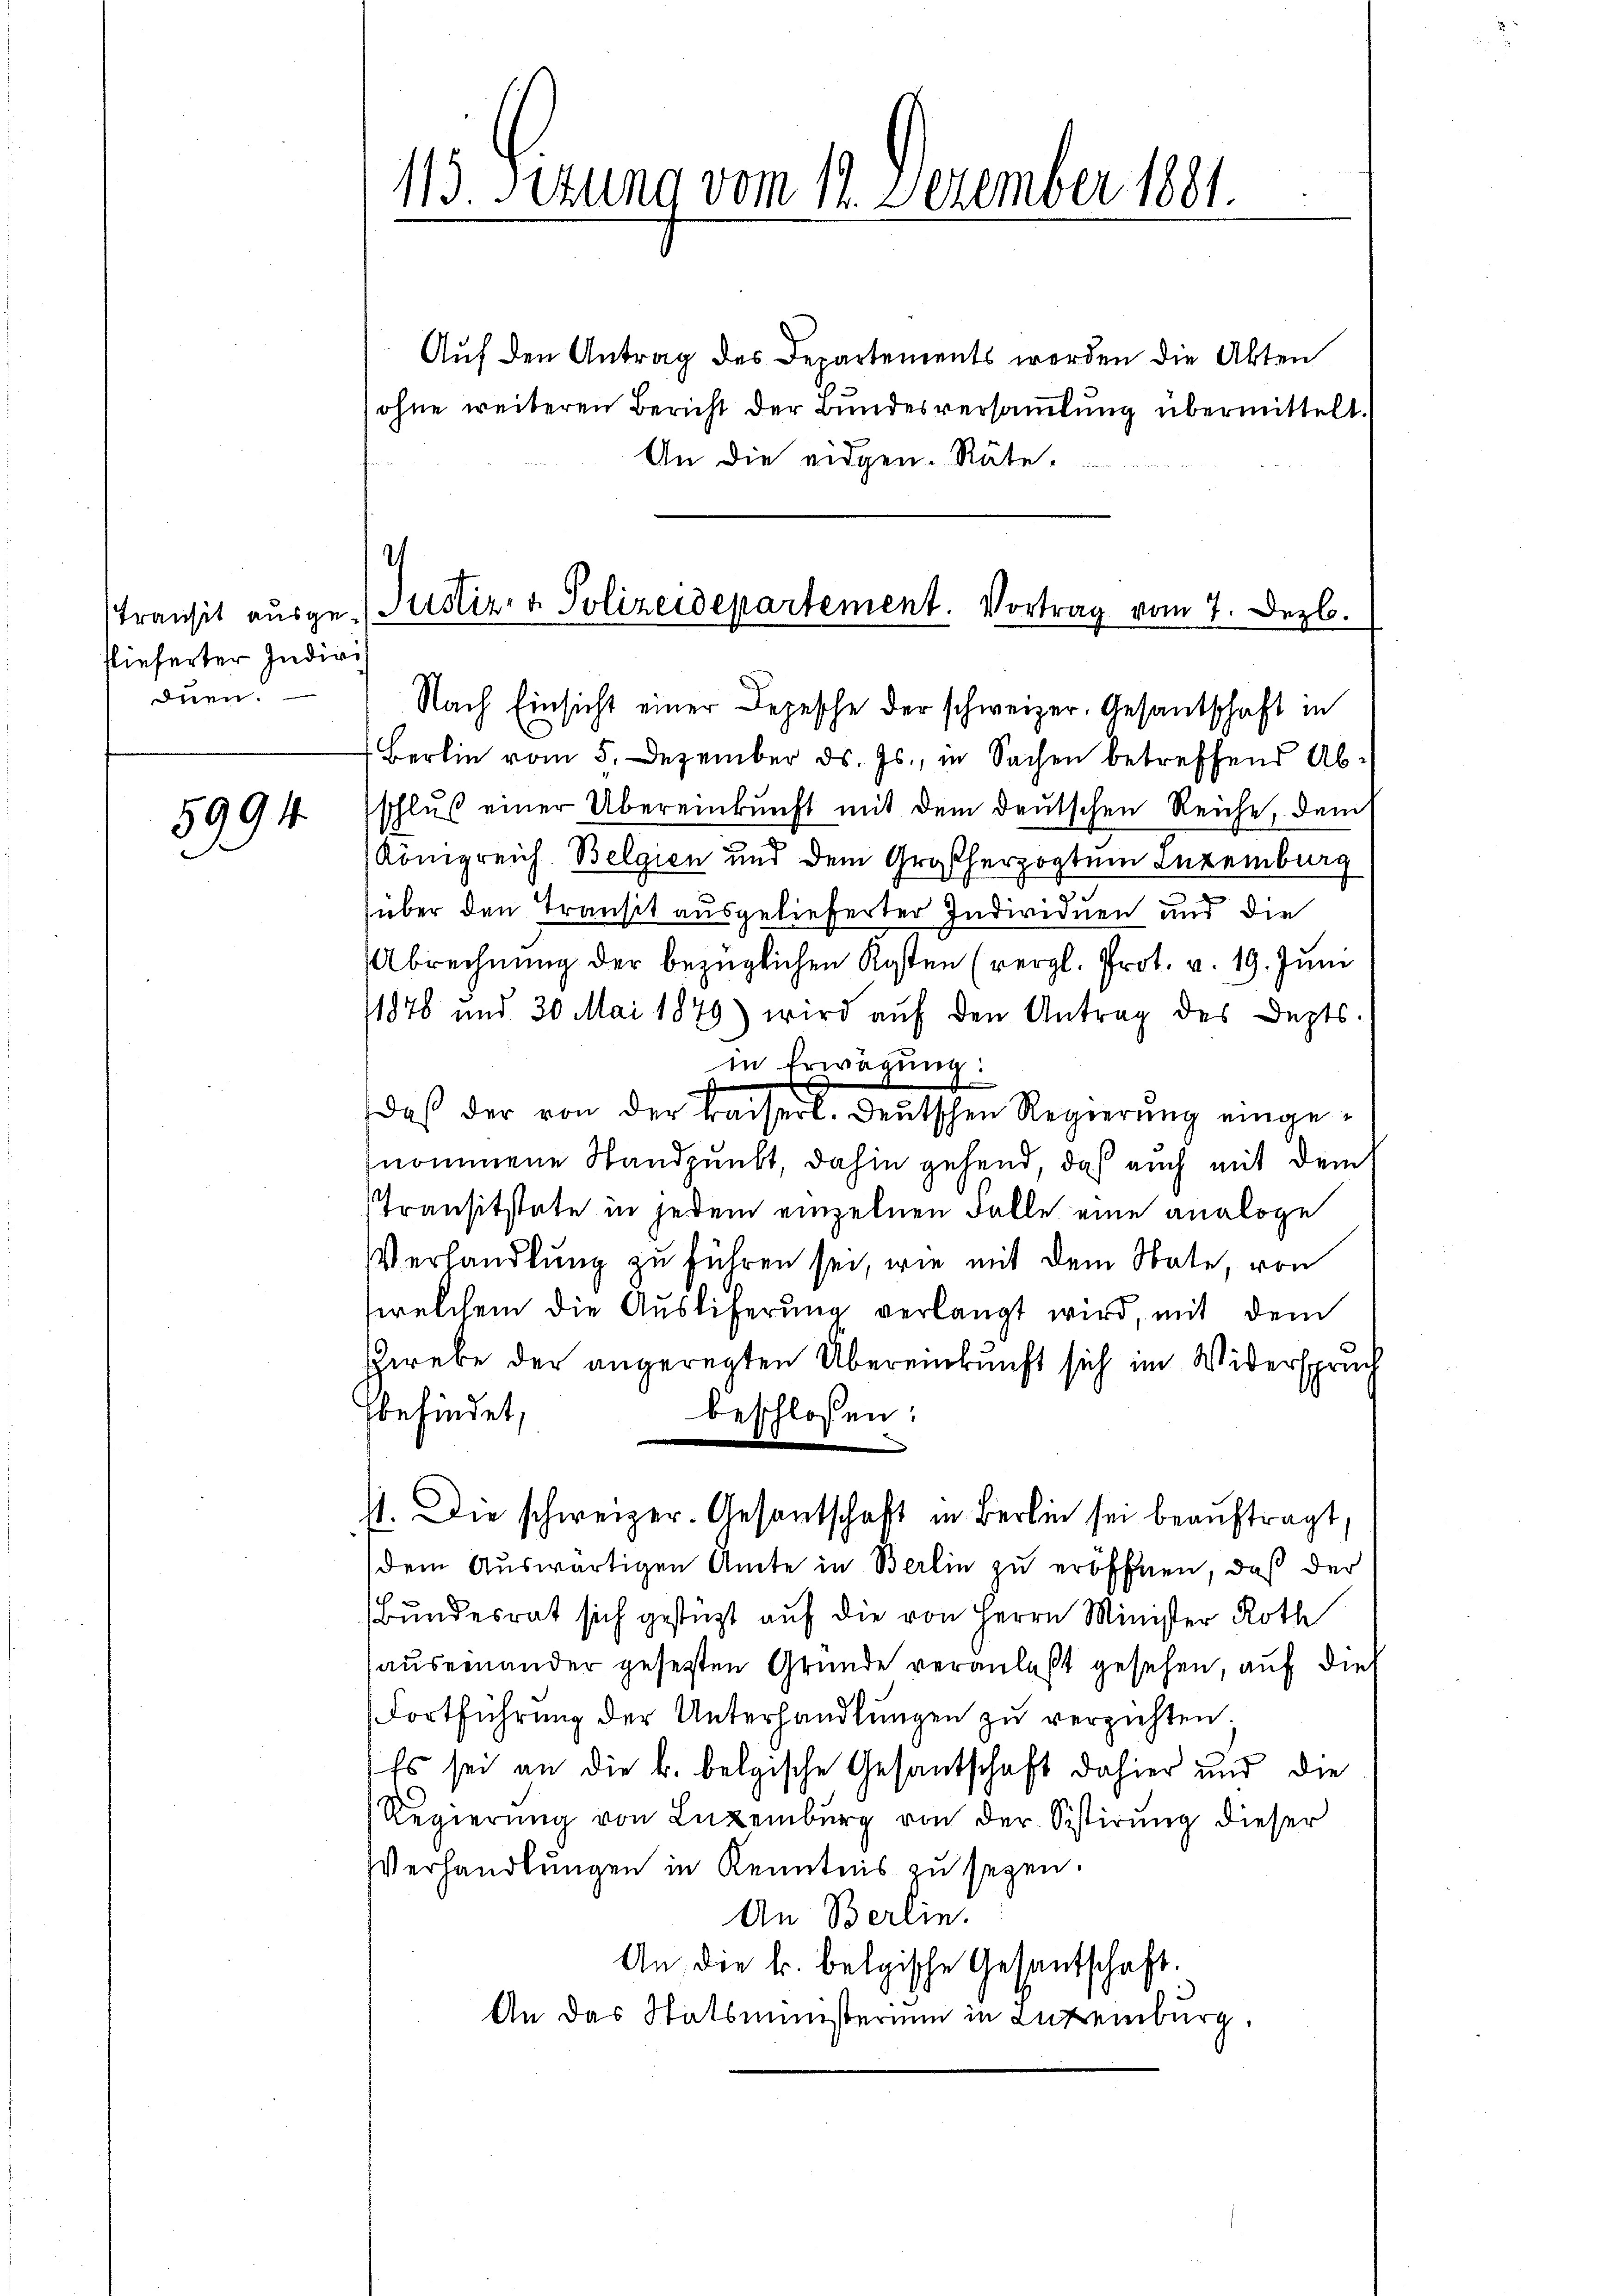
Transit ausgelieferter Indivis
duen.

5994

15. Sizung vom 1. Dezember 1891.

Auf den Antrag des Departements werden die Akten
ohne weiteren Bericht der Bundesversammlung übermittelt.
An die eidgen. Räte.
4

Justiz- & Polizeidepartement. Vortrag vom 7. Dezb.
Nach Einsicht einer Depesche der schweizer. Gesandschaft in

Berlin vom 5. Dezember d. Js., in Sachen betreffend Abschlŭβ einer Übereinkunft mit dem deutschen Reiche, dem
Königreich Belgien und dem Großherzogtum Intenburg
über den Transit ausgelieferter Individuen und die
Abrechnung der bezüglichen Kosten (vergl. Prot. v. 19. Juni
1878 und 30 Mai 1879) wird auf den Antrag des Depts.
in Erwägung:
daβ der von der Kaiserl. Deutschen Regierŭng einge-
nommene Standpunkt, dahin gehend, daß auch mit dem
Transitstate in jedem einzelnen Falle eine analoge
VVerhandlung zu führen sei, wie mit dem State, von
welchem die Auslieferung verlangt wird, mit dem
erebe der angeregten Übereinkunft sich im Widerspruch
beschlossen:
befindet,
st. Die schweizer. Gesantschaft in Berlin sei beauftragt.
dem Auswärtigen Amte in Berlin zu eröffnen, daß der
i
Bundesrat sich gestützt auf die von Herrn Minister Roth
auseinander gesetzten Gründe veranlaßt gesehen, auf die
Fortführung der Unterhandlungen zu verzichten
Es sei an die k. belgische Gesantschaft dahier und die
Regierŭng von Lŭzeiburg von der Sistirŭng dieser
Verhandlungen in Kenntnis zu seyen.
An Berlin.
An die k. belgische Gesantschaft.
An das Statsministerium in Luxemburg.